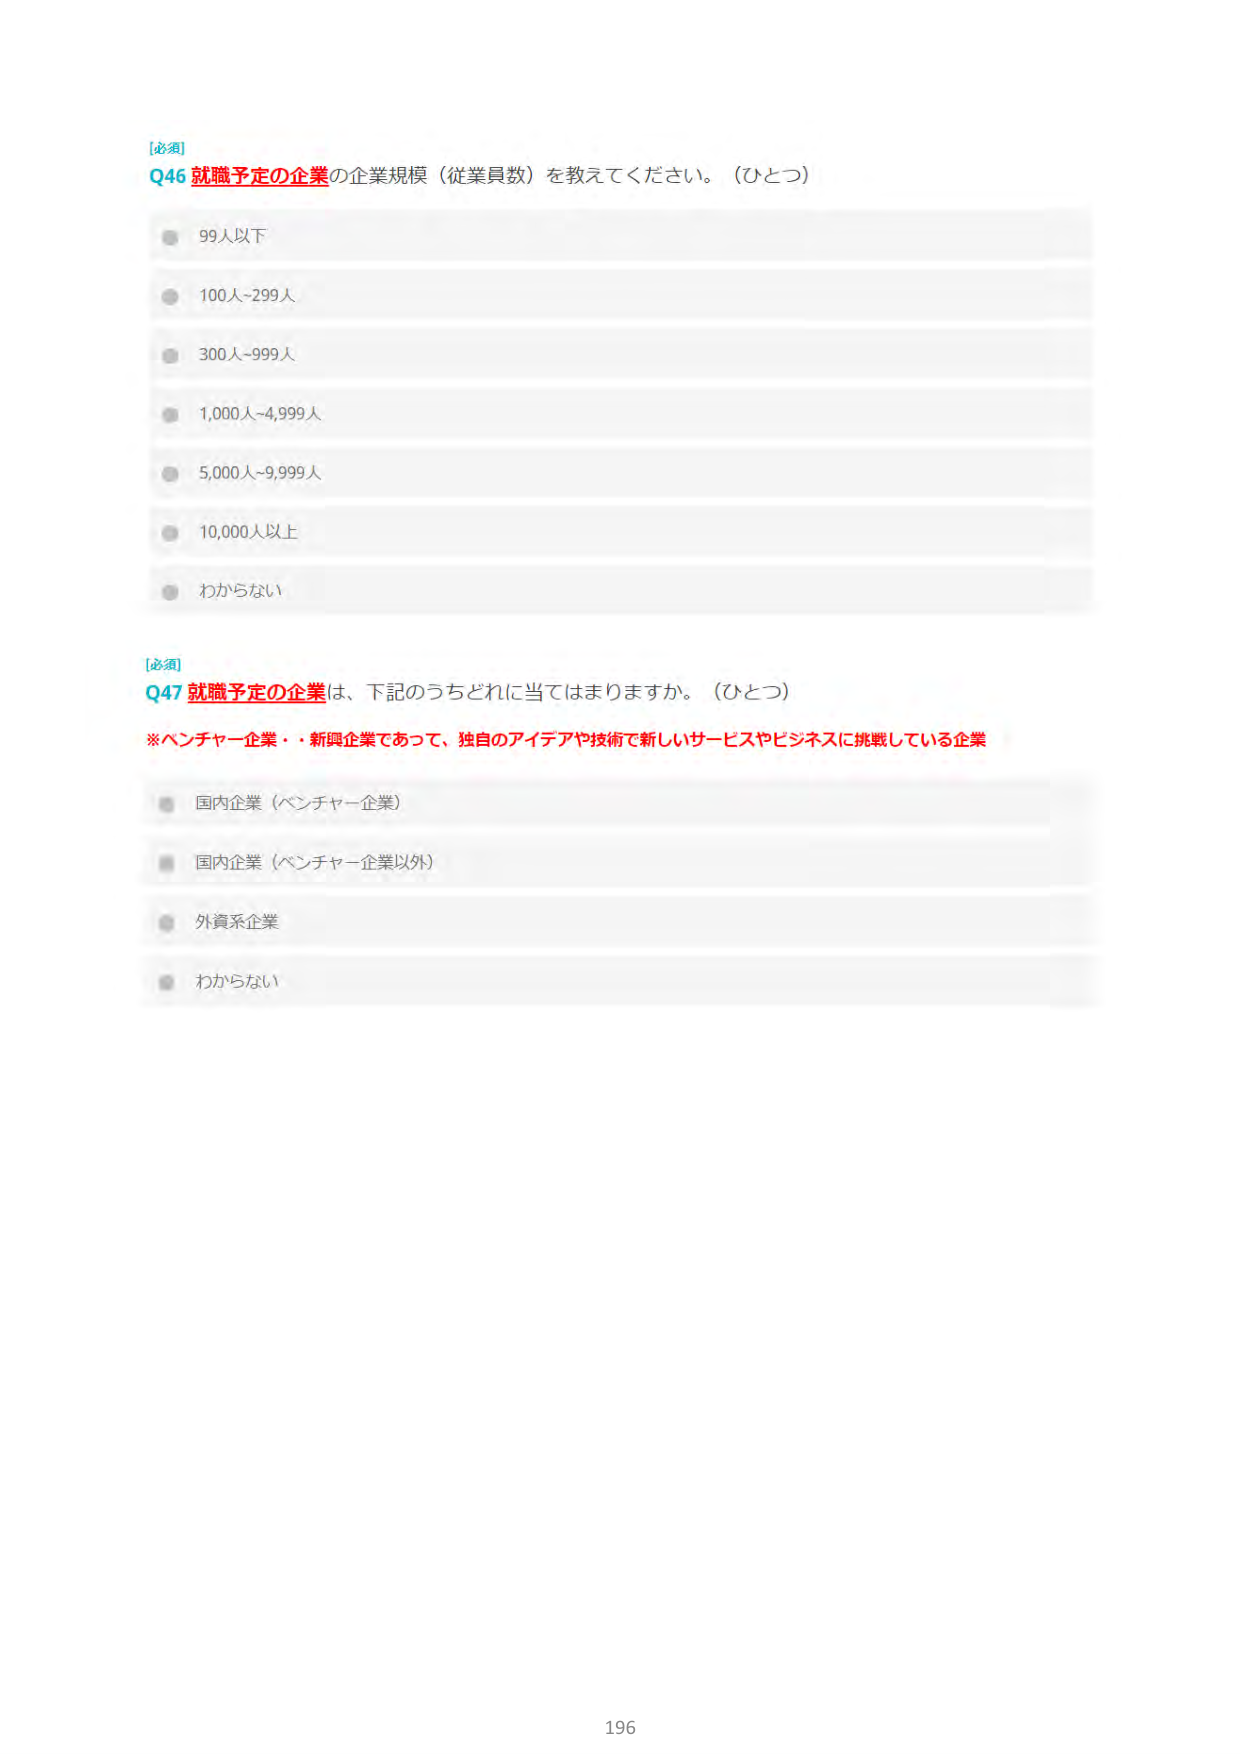
[必須]
Q46 就職予定の企業の企業規模（従業員数）を教えてください。（ひとつ）
99人以下
100人~299人
300人~999人
1,000人~4,999人
5,000人~9,999人
10,000人以上
わからない

[必須]
Q47 就職予定の企業は、下記のうちどれに当てはまりますか。（ひとつ）
※ベンチャー企業・新興企業であって、独自のアイデアや技術で新しいサービスやビジネスに挑戦している企業
国内企業（ベンチャー企業）
国内企業（ベンチャー企業以外）
外資系企業
わからない

196